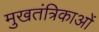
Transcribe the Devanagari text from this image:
मुखतंत्रिकाओं